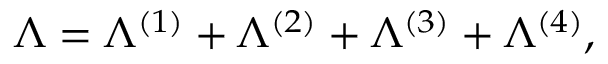
\Lambda = \Lambda ^ { ( 1 ) } + \Lambda ^ { ( 2 ) } + \Lambda ^ { ( 3 ) } + \Lambda ^ { ( 4 ) } ,